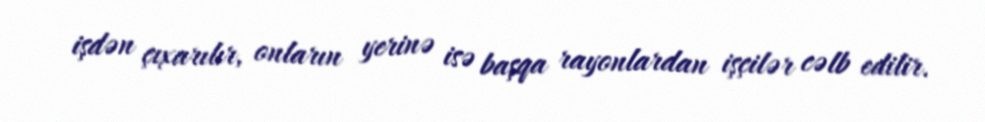
işdən çıxarılır, onların yerinə isə başqa rayonlardan işçilər cəlb edilir.